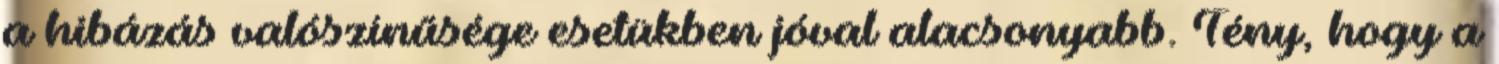
a hibázás valószínűsége esetükben jóval alacsonyabb. Tény, hogy a